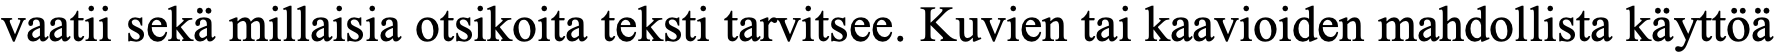
vaatii sekä millaisia otsikoita teksti tarvitsee. Kuvien tai kaavioiden mahdollista käyttöä